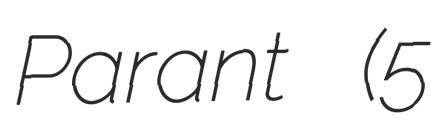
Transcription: Parant (5